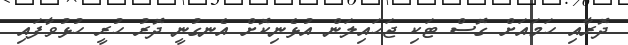
ދޮރާއި ހަމައަށް ގޮސް ޓަކި ޖަހައިލަން އުޅެނިކޮށް އެނގުނީ ދޮރު ހުރީ ހުޅުވާފައި